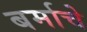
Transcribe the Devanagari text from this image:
बर्माचे